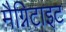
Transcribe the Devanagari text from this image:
मैग्निटाइट